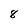
Character: 8